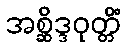
အစ္ဆိဒ္ဒဝုတ္တိံ